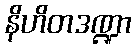
နိဟိတဒဏ္ဍာ